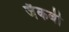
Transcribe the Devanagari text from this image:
जैकबी